Lunatic asylums Punjab 1895-1910 - 1895-1910
Year: 1895
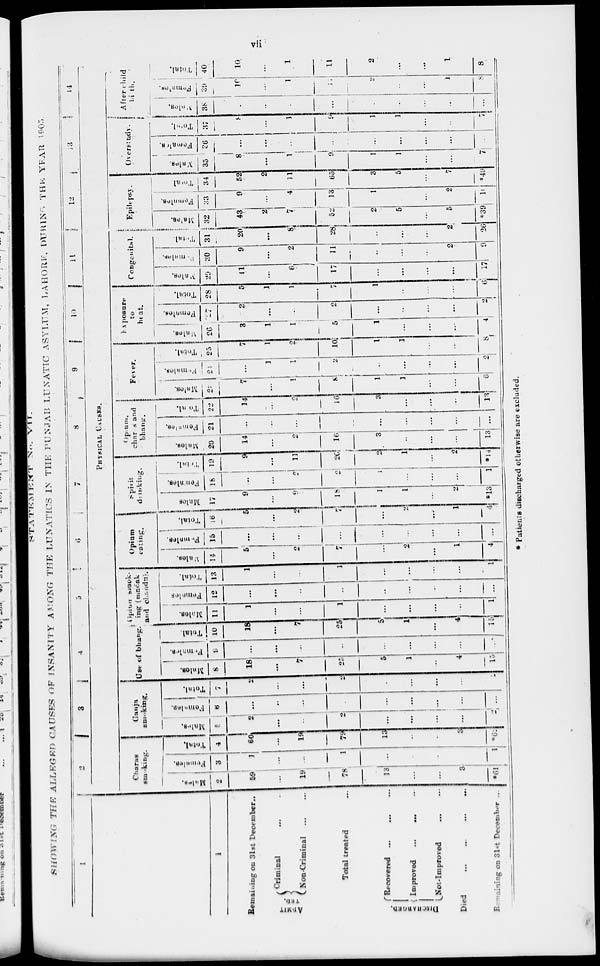
vii
STATEMENT No. V I I .
SHOWING
THE ALLEGEO CAUSES OF INSANITY AMONG THE LUNATICS IN THE PUNJAB LUNATIC ASYLUM, LAHORE, DURING THE YEAR 1905.
1
1
Remaining on 31st December.
ADMIT-
TED
Criminal ... ...
Non-Criminal
...
...
Total treated
DISCHARGED.
Recovered ... ... ...
Improved ... ... ...
Not-Improved ... ...
Died
...
...
...
...
Remaining on 31st December ...
2 3
4
5
6
7
8
9
10
11
12
13
14
PHYSICAL
CAUSES.
Charas
smoking.
Males.
2
59
...
19
78
13
...
...
3
*61
Females.
3
1
...
...
1
...
...
...
...
1
Total.
4
60
...
19
79
13
...
...
3
*62
Ganja
smoking.
Males.
5
2
...
...
2
...
...
...
...
2
Females.
6
...
...
...
...
...
...
...
...
...
Total.
7
2
...
...
2
...
...
...
...
...
Use of bhang.
Males.
8
18
...
7
25
5
1
...
4
15
Females.
9
...
...
...
...
...
...
...
...
...
Total.
10
18
...
7
25
5
1
...
4
15
Opiun smok-
ing (madak
and chandu).
Males.
11
1
...
...
1
...
...
...
...
...
Females.
12
...
...
...
...
...
...
...
...
...
Total.
13
1
...
...
1
...
...
...
1
Opium
eating.
Males.
14
5
...
2
7
...
2
...
1
4
Females.
15
...
...
...
...
...
...
...
...
...
Total.
16
5
...
2
7
...
2
...
1
4
Spirit
drinking.
Males.
17
9
...
9
18
1
1
...
2
*13
Females.
18
...
...
2
2
1
...
...
...
1
19
9
...
11
20
2
1
...
2
*14
Opium,
charas and
bhang.
Males.
20
14
...
2
16
3
...
...
...
13
Females.
21
...
...
...
...
...
...
...
...
...
Total.
22
14
...
2
16
3
...
...
...
13
Fever.
Males.
23
7
...
1
8
1
1
...
...
6
Females.
24
...
1
1
2
...
...
...
...
2
Total.
25
7
1
2
10
1
1
...
...
8
Exposure
to
heat.
Males.
26
3
1
1
5
1
...
...
...
4
Females.
27
2
...
...
2
...
...
...
...
2
Total.
28
5
1
1
7
1
...
...
1
Congenital.
Males.
29
11
...
6
17
...
...
...
...
17
Females.
30
9
...
2
11
...
...
...
2
9
Total.
31
20
...
8
28
...
...
...
2
26
Epilepsy.
Males.
32
43
2
7
52
2
5
...
5
*39
Females.
33
9
...
4
13
1
...
...
2
10
Total
34
52
2
11
65
3
5
...
7
*49
Overstudy.
Males.
35
8
...
1
9
1
1
...
...
7
Females.
36
...
...
...
...
...
...
...
...
...
Total.
37
8
...
1
...
1
1
...
...
7
After child
birth.
Males.
38
...
...
...
...
...
...
...
...
...
Females.
39
10
...
1
11
2
...
...
1
8
Total.
40
10
...
1
11
2
...
...
1
8
* Patients discharged otherwise are excluded.